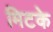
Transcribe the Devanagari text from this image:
मिटके